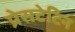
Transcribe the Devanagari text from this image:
प्रेसटेटिन